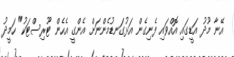
އޭނާ މޫދު އަޑީގައި އޮއްވައި ފެނިގެން އަޅުގަނޑުމެންނަށް އެންގީ އެހެން ޓޫރިސްޓަކު" ހަމީދު